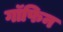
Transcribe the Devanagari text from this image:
गॉफिन